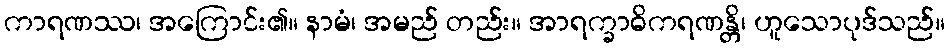
ကာရဏဿ၊ အကြောင်း၏။ နာမံ၊ အမည် တည်း။ အာရက္ခာဓိကရဏန္တိ၊ ဟူသောပုဒ်သည်။